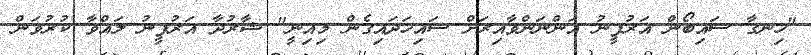
"ހިނގާ ސައިބޯން އަރުފީނު އަންނަންވާއިރަށް ސައިހަދައިގެން މިއިނީ" ޝާރުދާ އަރުފީނު ލައްވާ ކުރުވަން